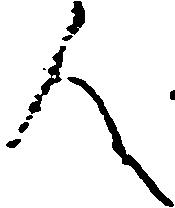
人